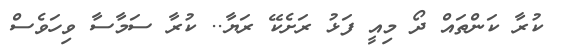
ކުރާ ކަންތައް ދޯ މިއީ ފަޅު ރަށެކޭ ރަޔާ.. ކުރާ ސަމާސާ ވިހަވެސް